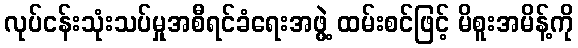
လုပ်ငန်းသုံးသပ်မှုအစီရင်ခံရေးအဖွဲ့ ထမ်းစင်ဖြင့် မိစူးအမိန့်ကို